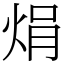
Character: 焆